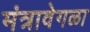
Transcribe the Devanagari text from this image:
मंत्रावेगळा